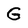
Character: G